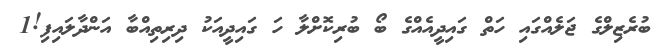
ބުރެޒިލްގެ ޖަލެއްގައި ހަތް ގައިދީއެއްގެ ބޯ ބުރިކޮށްލާ ހަ ގައިދީއަކު ދިރިތިއްބާ އަންދާލައިފި!1